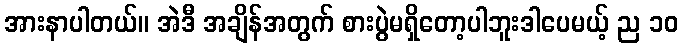
အားနာပါတယ်။ အဲဒီ အချိန်အတွက် စားပွဲမရှိတော့ပါဘူးဒါပေမယ့် ည ၁၀